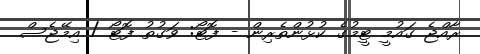
ރާއްޖެ ގައުމީ ޓީމުގެ ކުޅުންތެރިން - ފޮޓޯ: ވަގުތު ފޮޓޯ / އިމޭޖެސް